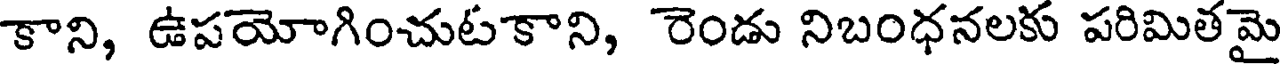
కాని, ఉపయోగించుటకాని, రెండు నిబంధనలకు పరిమితమై